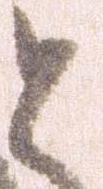
と